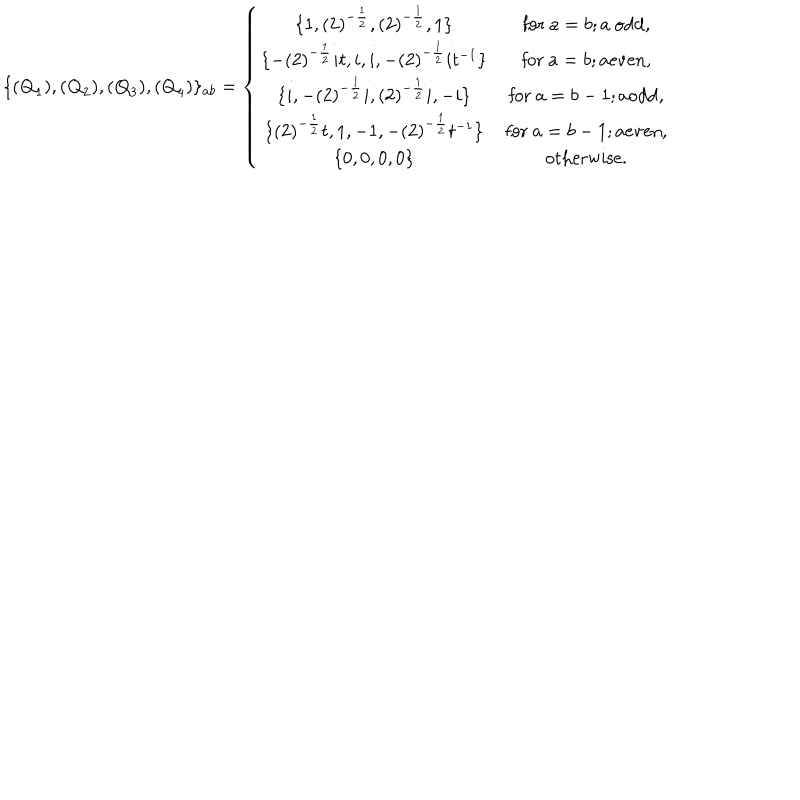
\{ ( { \bf Q } _ { 1 } ) , ( { \bf Q } _ { 2 } ) , ( { \bf Q } _ { 3 } ) , ( { \bf Q } _ { 4 } ) \} _ { a b } = \left\{ \begin{array} { c c } { { \{ 1 , ( 2 ) ^ { - \frac { 1 } { 2 } } , ( 2 ) ^ { - \frac { 1 } { 2 } } , 1 \} } } & { { \mathrm { f o r ~ } a = b ; a \mathrm { ~ o d d , } } } \\ { { \{ - ( 2 ) ^ { - \frac { 1 } { 2 } } i t , i , i , - ( 2 ) ^ { - \frac { 1 } { 2 } } i t ^ { - 1 } \} } } & { { \mathrm { f o r ~ } a = b ; a \mathrm { e v e n , } } } \\ { { \{ i , - ( 2 ) ^ { - \frac { 1 } { 2 } } i , ( 2 ) ^ { - \frac { 1 } { 2 } } i , - i \} } } & { { \mathrm { f o r ~ } a = b - 1 ; a \mathrm { o d d , } } } \\ { { \{ ( 2 ) ^ { - \frac { 1 } { 2 } } t , 1 , - 1 , - ( 2 ) ^ { - \frac { 1 } { 2 } } t ^ { - 1 } \} } } & { { \mathrm { f o r ~ } a = b - 1 ; a \mathrm { e v e n , } } } \\ { { \{ 0 , 0 , 0 , 0 \} } } & { { \mathrm { o t h e r w i s e . } } } \\ \end{array} \right.